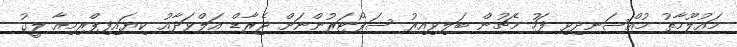
މައުލޫމާތު މުއްސަނދިވި ފަހު މެޗުން ބަލިވިއިރު ސަޕޯޓަރުންނަށް ޖެރާޑް އަލްވަދާއު ކިޔައިފިޕްރިމިއާ ލީގު